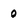
Character: 0